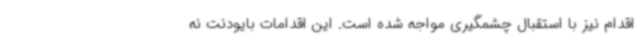
اقدام نیز با استقبال چشمگیری مواجه شده است. این اقدامات بایودنت نه